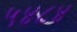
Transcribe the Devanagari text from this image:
५४८४